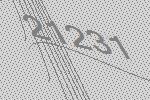
21231